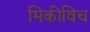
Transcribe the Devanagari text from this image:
मिकीविच